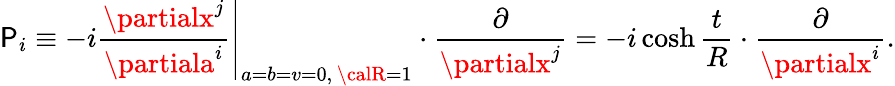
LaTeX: \mathsf{P}_{i}\equiv-i\left.\frac{{\partialx^{j}}}{{\partiala^{i}}}\right|_{a=b=v=0,\, {\calR}=1}\cdot\frac{{\partial}}{{\partialx^{j}}}=-i\cosh\frac{{t}}{{R}}\cdot\frac{{\partial}}{{\partialx^{i}}}.